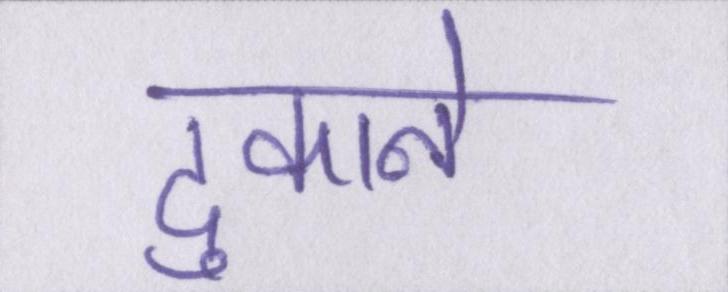
दुकाने